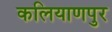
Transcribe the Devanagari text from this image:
कलियाणपुर